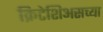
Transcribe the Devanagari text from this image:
क्रिटेशिअसच्या